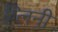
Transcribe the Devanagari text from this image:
ग्लिनी